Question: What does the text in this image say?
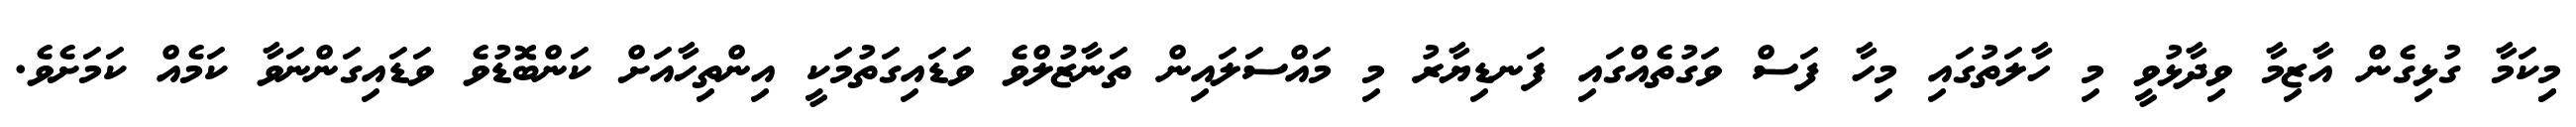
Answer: މިިކަމާ ގުޅިގެން އާޒިމާ ވިދާޅުވީ މި ހާލަތުގައި މިހާ ފަސް ވަގުތެއްގައި ފަނޑިޔާރު މި މައްސަލައިން ތަނާޒުލްވެ ވަޑައިގަތުމަކީ އިންތިހާއަށް ކަންބޮޑުވެ ވަޑައިގަންނަވާ ކަމެއް ކަމަށެވެ.